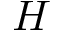
H